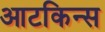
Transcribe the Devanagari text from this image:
आटकिन्स